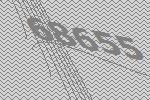
68655